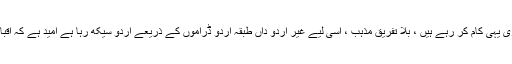
یہ درست ہے کہ زبان رابطے کا ذریعہ ہے، اسے مذہب سے نہیں جوڑنا چاہیے اور اقبال نیازی یہی کام کر رہے ہیں ، بلا تفریق مذہب ، اسی لیے غیر اردو داں طبقہ اردو ڈراموں کے ذریعے اردو سیکھ رہا ہے امید ہے کہ اقبال نیازی اردو کی خدمت کا یہ سلسلہ جاری رکھتے ہوئے کامیابی کی بلندیوں کو چھو لیں گے۔